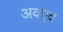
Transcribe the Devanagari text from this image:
अवएव